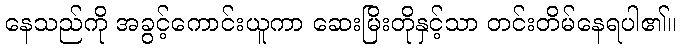
နေသည်ကို အခွင့်ကောင်းယူကာ ဆေးမြိးတိုနှင့်သာ တင်းတိမ်နေရပါ၏။